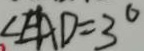
\angle E A D = 3 ^ { \circ }